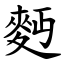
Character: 麪